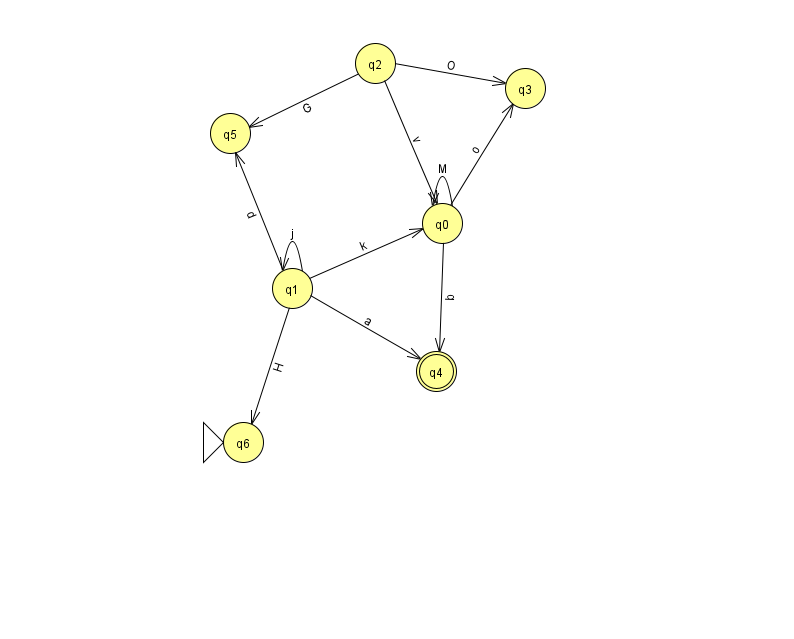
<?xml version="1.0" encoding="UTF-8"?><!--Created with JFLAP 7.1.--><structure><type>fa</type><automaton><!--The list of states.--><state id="0" name="q0"><x>442.0</x><y>210.0</y></state><state id="1" name="q1"><x>292.0</x><y>275.0</y></state><state id="2" name="q2"><x>375.0</x><y>50.0</y></state><state id="3" name="q3"><x>525.0</x><y>75.0</y></state><state id="4" name="q4"><x>436.0</x><y>358.0</y><final/></state><state id="5" name="q5"><x>230.0</x><y>120.0</y></state><state id="6" name="q6"><x>243.0</x><y>429.0</y><initial/></state><!--The list of transitions.--><transition><from>1</from><to>4</to><read>a</read></transition><transition><from>1</from><to>0</to><read>k</read></transition><transition><from>0</from><to>3</to><read>o</read></transition><transition><from>2</from><to>0</to><read>v</read></transition><transition><from>0</from><to>4</to><read>b</read></transition><transition><from>1</from><to>1</to><read>j</read></transition><transition><from>1</from><to>5</to><read>d</read></transition><transition><from>1</from><to>6</to><read>H</read></transition><transition><from>2</from><to>3</to><read>O</read></transition><transition><from>0</from><to>0</to><read>M</read></transition><transition><from>2</from><to>5</to><read>G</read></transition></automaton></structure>